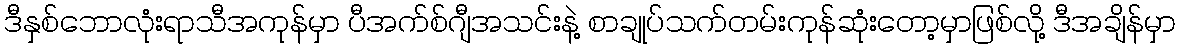
ဒီနှစ်ဘောလုံးရာသီအကုန်မှာ ပီအက်စ်ဂျီအသင်းနဲ့ စာချုပ်သက်တမ်းကုန်ဆုံးတော့မှာဖြစ်လို့ ဒီအချိန်မှာ